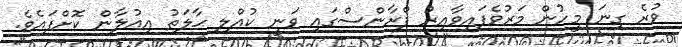
ވުރެ ގިނަ މީހުން މަރުވެފައިވާއިރު ފްރާންސްގައި ވަނީ ކުއްލި ޙާލަތު އިއުލާން ކޮށްފައެވެ.